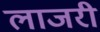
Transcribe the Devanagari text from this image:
लाजरी